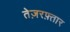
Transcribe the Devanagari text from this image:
तेज़रफ़्तार